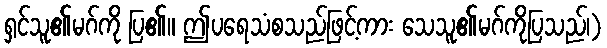
ရှင်သူ၏မဂ်ကို ပြ၏။ ဤပရေသံစသည်ဖြင့်ကား သေသူ၏မဂ်ကိုပြသည်၊)